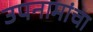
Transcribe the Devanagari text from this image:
उपनामांचा